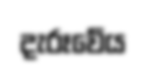
දැරූවේය